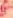
يا